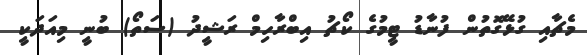
މެޗާއި ގުޅޭގޮތުން ފުނާޑު ޓީމުގެ ކޯޗު އިބްރާހިމް ރަޝީދު (ސަތޯ) ބުނީ މިއަދަކީ